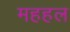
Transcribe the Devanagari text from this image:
महहल